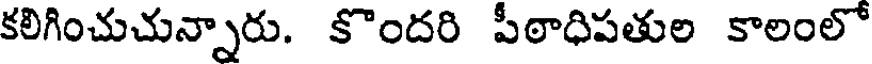
కలిగించుచున్నారు. కొందరి పీఠాధిపతుల కాలంలో